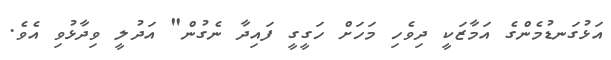
އަޅުގަނޑުމެންގެ އަމާޒަކީ ދިވެހި މަހަށް ހަގީގީ ފައިދާ ނެގުން" އަދުލީ ވިދާޅުވި އެވެ.